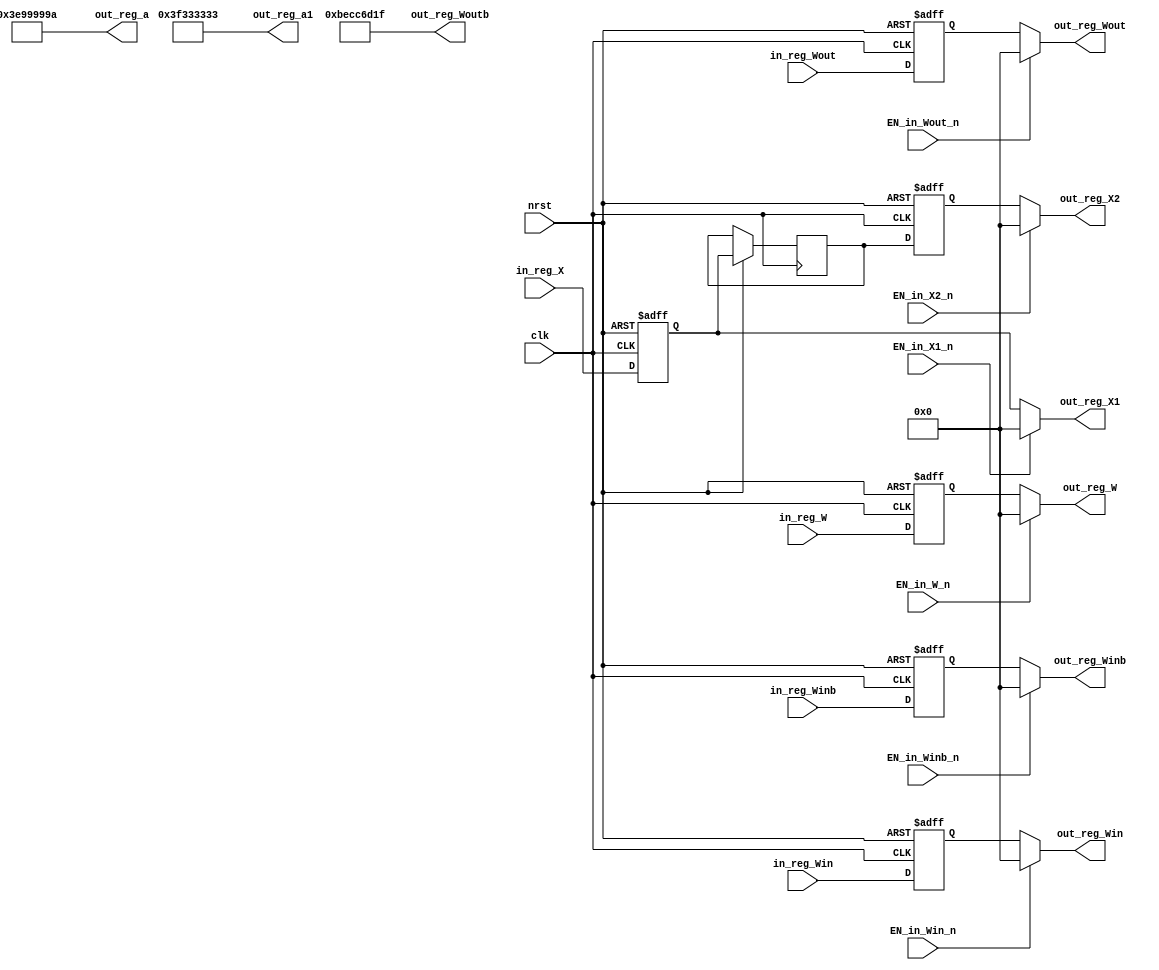

module Reg_heap 
    #(
    parameter bit_length  = 32,
	parameter a           = 'h3e99999a,   //0.3
	parameter a1          = 'h3f333333,  //0.7
	parameter Woutb       = 'hbecc6d1f  //-0.3992700297385454
		
    ) 
    (
	output wire [bit_length-1:0] out_reg_X1, out_reg_X2, out_reg_W,  out_reg_Win, out_reg_Winb, out_reg_Wout,
							     out_reg_a,  out_reg_a1, out_reg_Woutb,
								
	input  wire [bit_length-1:0] in_reg_X, in_reg_W, in_reg_Win, in_reg_Winb, in_reg_Wout, 


	input  wire                  EN_in_X2_n,   EN_in_X1_n, EN_in_W_n,  EN_in_Win_n, EN_in_Winb_n,    
								 EN_in_Wout_n, 
	input  wire                  clk, nrst
	);
    
	reg [bit_length-1:0] out_reg_X1_reg, out_reg_Xm_reg, out_reg_X2_reg, out_reg_W_reg,  out_reg_Win_reg, out_reg_Winb_reg, 
						 out_reg_Wout_reg;

	wire [bit_length-1:0] in_a, in_a1, in_Woutb;
	assign in_a     = a;
	assign in_a1    = a1;
	assign in_Woutb = Woutb;

	always @(posedge clk or negedge nrst) 
	if (!nrst)
	begin 
		out_reg_X1_reg    <= 'b0;
		out_reg_X2_reg    <= 'b0;		
		out_reg_W_reg     <= 'b0;
		out_reg_Win_reg   <= 'b0;
		out_reg_Winb_reg  <= 'b0;
		out_reg_Wout_reg  <= 'b0;
	end
	else
	begin
		out_reg_X1_reg    <= in_reg_X;
		out_reg_Xm_reg	  <= out_reg_X1_reg;
		out_reg_X2_reg    <= out_reg_Xm_reg;
		out_reg_W_reg     <= in_reg_W;
		out_reg_Win_reg   <= in_reg_Win;
		out_reg_Winb_reg  <= in_reg_Winb;
		out_reg_Wout_reg  <= in_reg_Wout;
	end
	
	
	
	assign out_reg_X1    = EN_in_X1_n      ? 'b0 : out_reg_X1_reg;
	assign out_reg_X2    = EN_in_X2_n      ? 'b0 : out_reg_X2_reg;	
    assign out_reg_W     = EN_in_W_n       ? 'b0 : out_reg_W_reg;
    assign out_reg_Win   = EN_in_Win_n     ? 'b0 : out_reg_Win_reg;
    assign out_reg_Winb  = EN_in_Winb_n    ? 'b0 : out_reg_Winb_reg;
    assign out_reg_Wout  = EN_in_Wout_n    ? 'b0 : out_reg_Wout_reg;
    assign out_reg_a	 = in_a; 
    assign out_reg_a1    = in_a1;
    assign out_reg_Woutb = in_Woutb;
	

endmodule